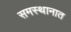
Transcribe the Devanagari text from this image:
समस्थानात